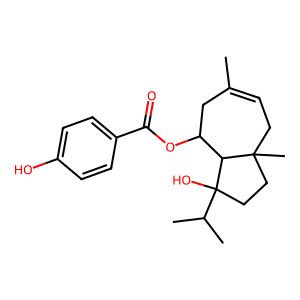
SMILES: CC1=CCC2(C)CCC(O)(C(C)C)C2C(OC(=O)c2ccc(O)cc2)C1
Inhibits HIV replication: No